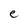
Character: e